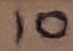
Text: 10